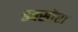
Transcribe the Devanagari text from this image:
इक्सोरा